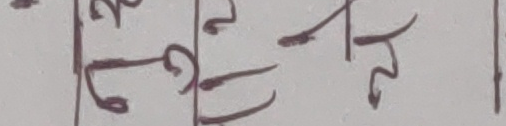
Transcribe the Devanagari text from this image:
३७७